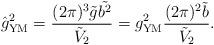
LaTeX: \begin{align*}\hat{g}^2_{\rm YM}=\frac{(2\pi)^3\tilde{g}\tilde{b^2}}{\tilde{V}_2} =g^2_{\rm YM}\frac{(2\pi)^2\tilde{b}}{\tilde{V}_2}.\end{align*}